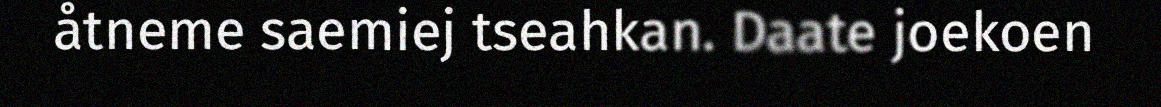
åtneme saemiej tseahkan. Daate joekoen